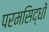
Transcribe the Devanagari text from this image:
परमसिद्धों